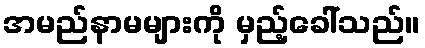
အမည်နာမများကို မှည့်ခေါ်သည်။